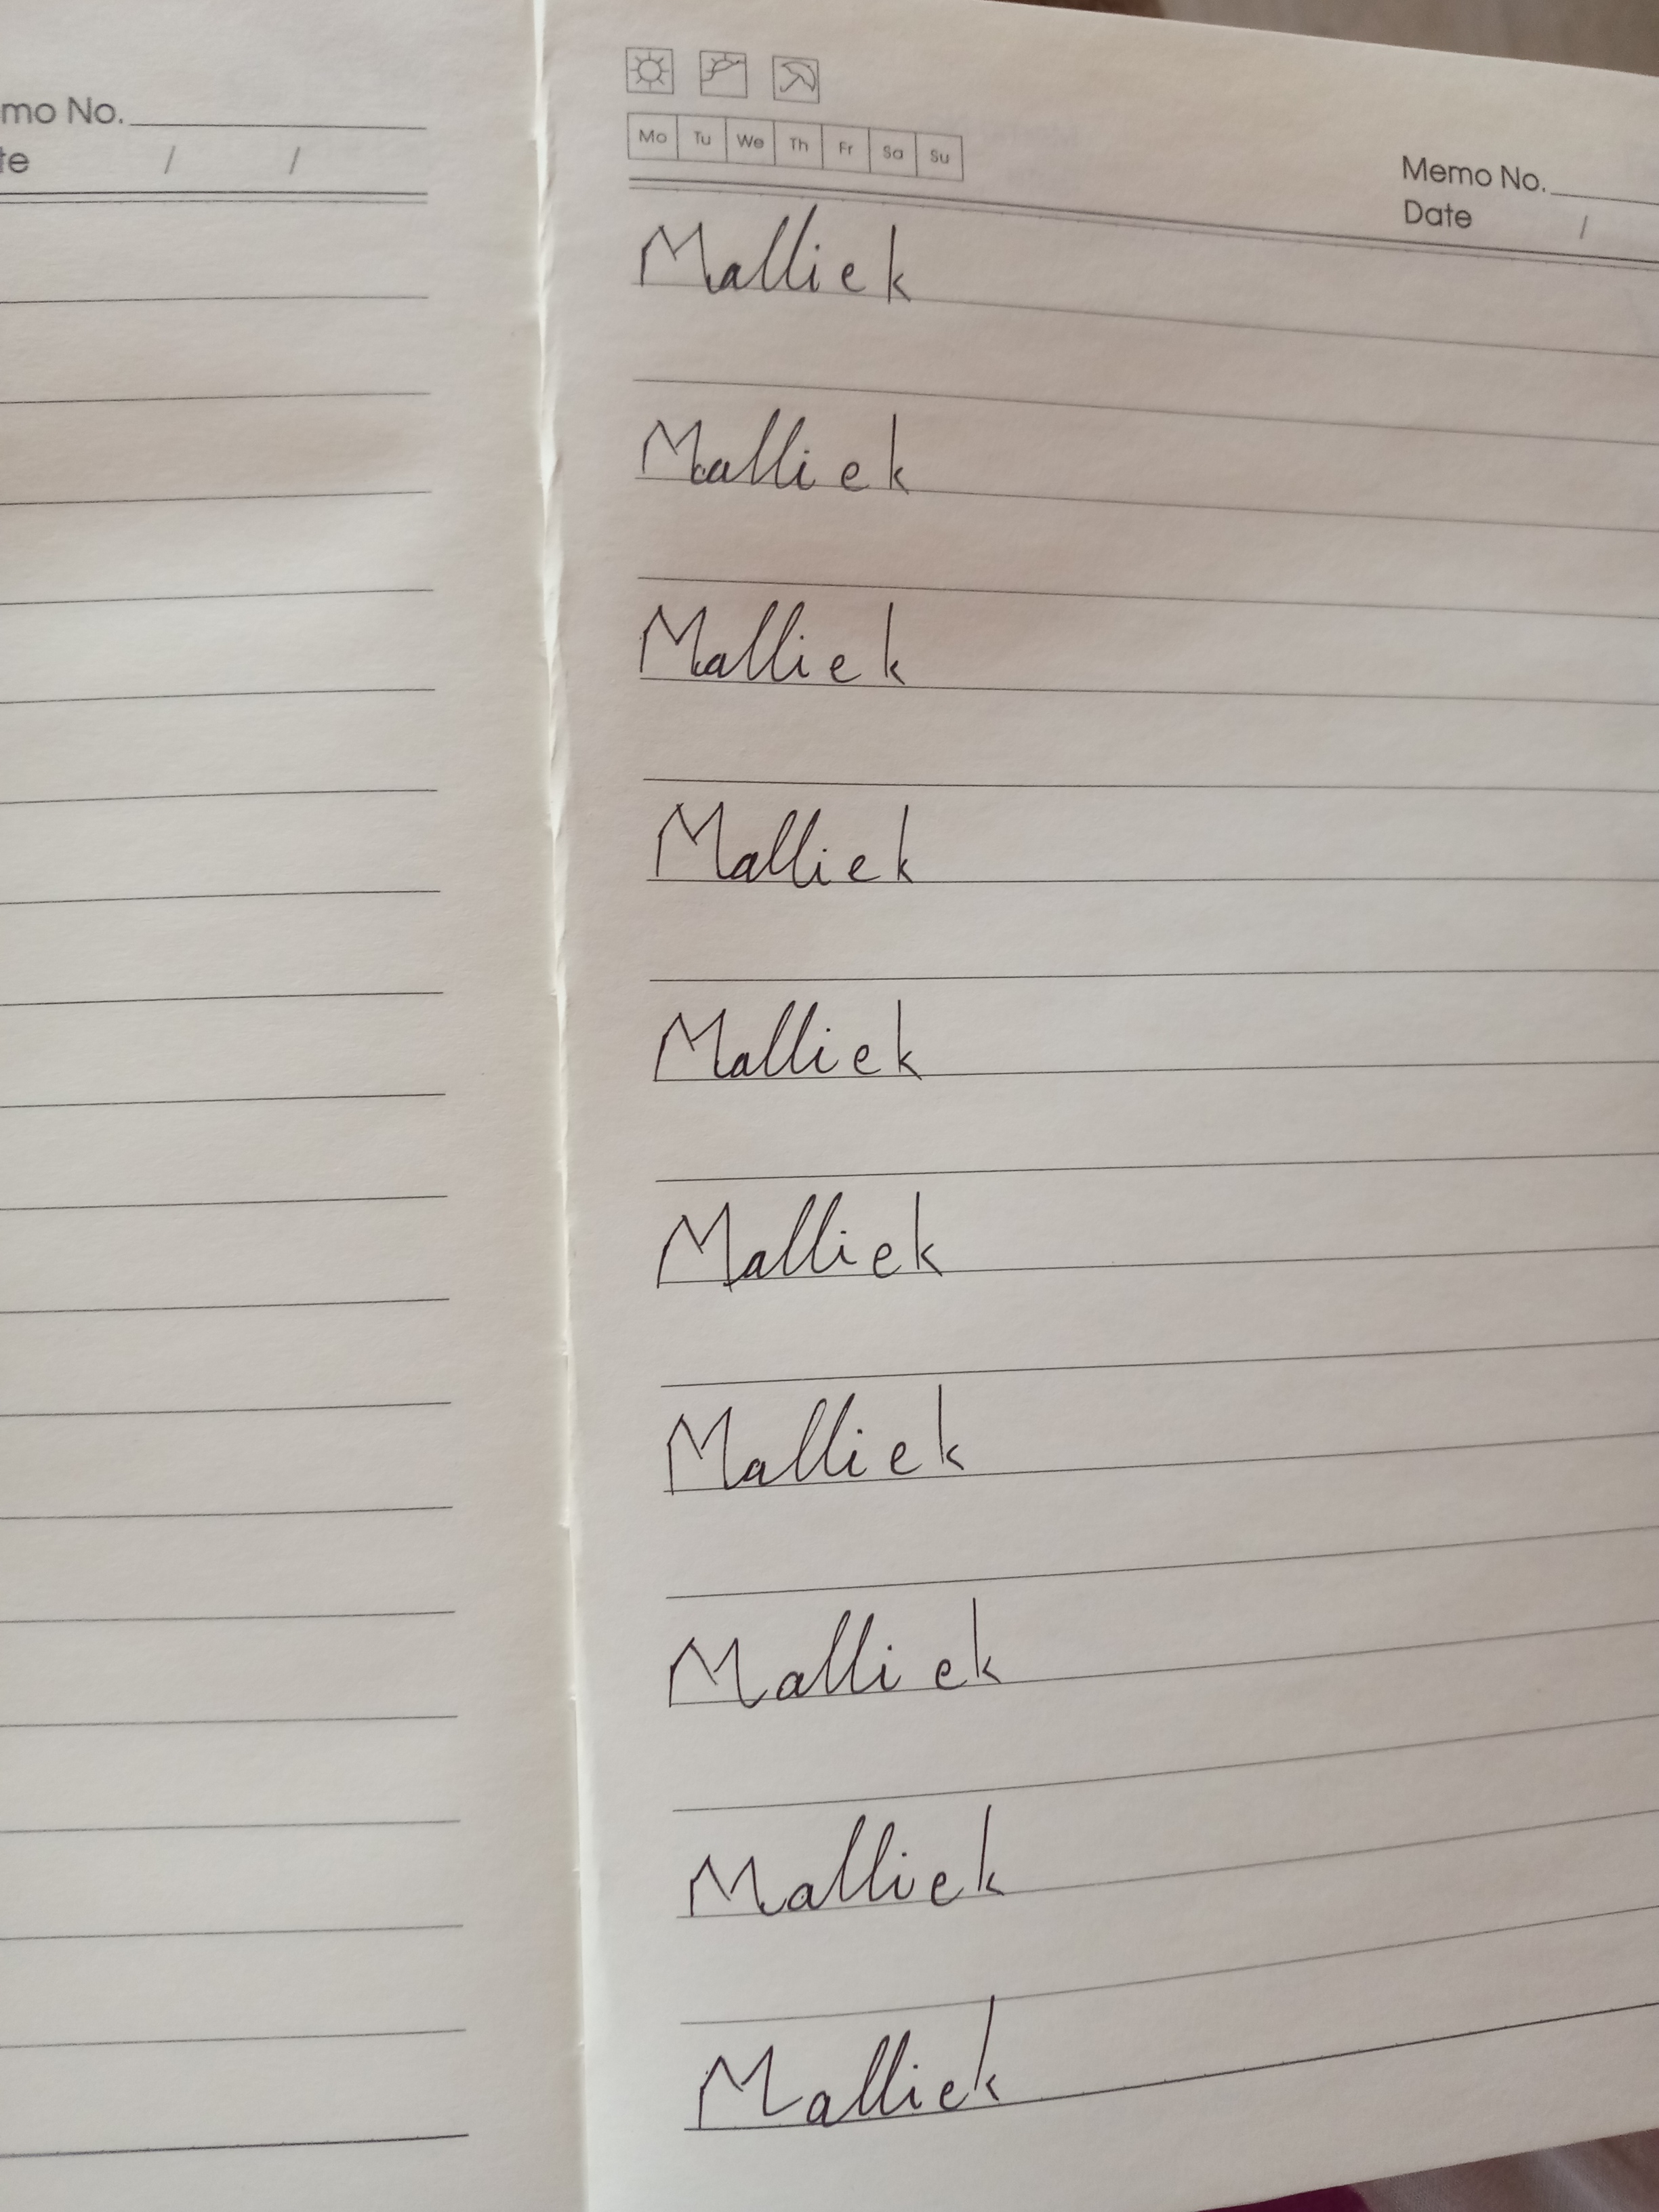
Signature authenticity: forged